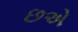
છએ